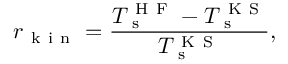
r _ { \mathrm { ~ k ~ i ~ n ~ } } = \frac { T _ { \mathrm { ~ s ~ } } ^ { \mathrm { ~ H ~ F ~ } } - T _ { \mathrm { ~ s ~ } } ^ { \mathrm { ~ K ~ S ~ } } } { T _ { \mathrm { ~ s ~ } } ^ { \mathrm { ~ K ~ S ~ } } } ,